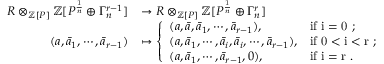
\begin{array} { r l } { R \otimes _ { { \mathbb Z } [ P ] } { \mathbb Z } [ P ^ { \frac { 1 } { n } } \oplus \Gamma _ { n } ^ { r - 1 } ] } & { \rightarrow R \otimes _ { { \mathbb Z } [ P ] } { \mathbb Z } [ P ^ { \frac { 1 } { n } } \oplus \Gamma _ { n } ^ { r } ] } \\ { ( a , \bar { a } _ { 1 } , \cdots , \bar { a } _ { r - 1 } ) } & { \mapsto \left\{ \begin{array} { l l } { ( a , \bar { a } , \bar { a } _ { 1 } , \cdots , \bar { a } _ { r - 1 } ) , } & { \mathrm { i f ~ i = 0 ~ ; } } \\ { ( a , \bar { a } _ { 1 } , \cdots , \bar { a } _ { i } , \bar { a } _ { i } , \cdots , \bar { a } _ { r - 1 } ) , } & { \mathrm { i f ~ 0 < i < r ~ ; } } \\ { ( a , \bar { a } _ { 1 } , \cdots , \bar { a } _ { r - 1 } , 0 ) , } & { \mathrm { i f ~ i = r ~ . } } \end{array} \right. } \end{array}